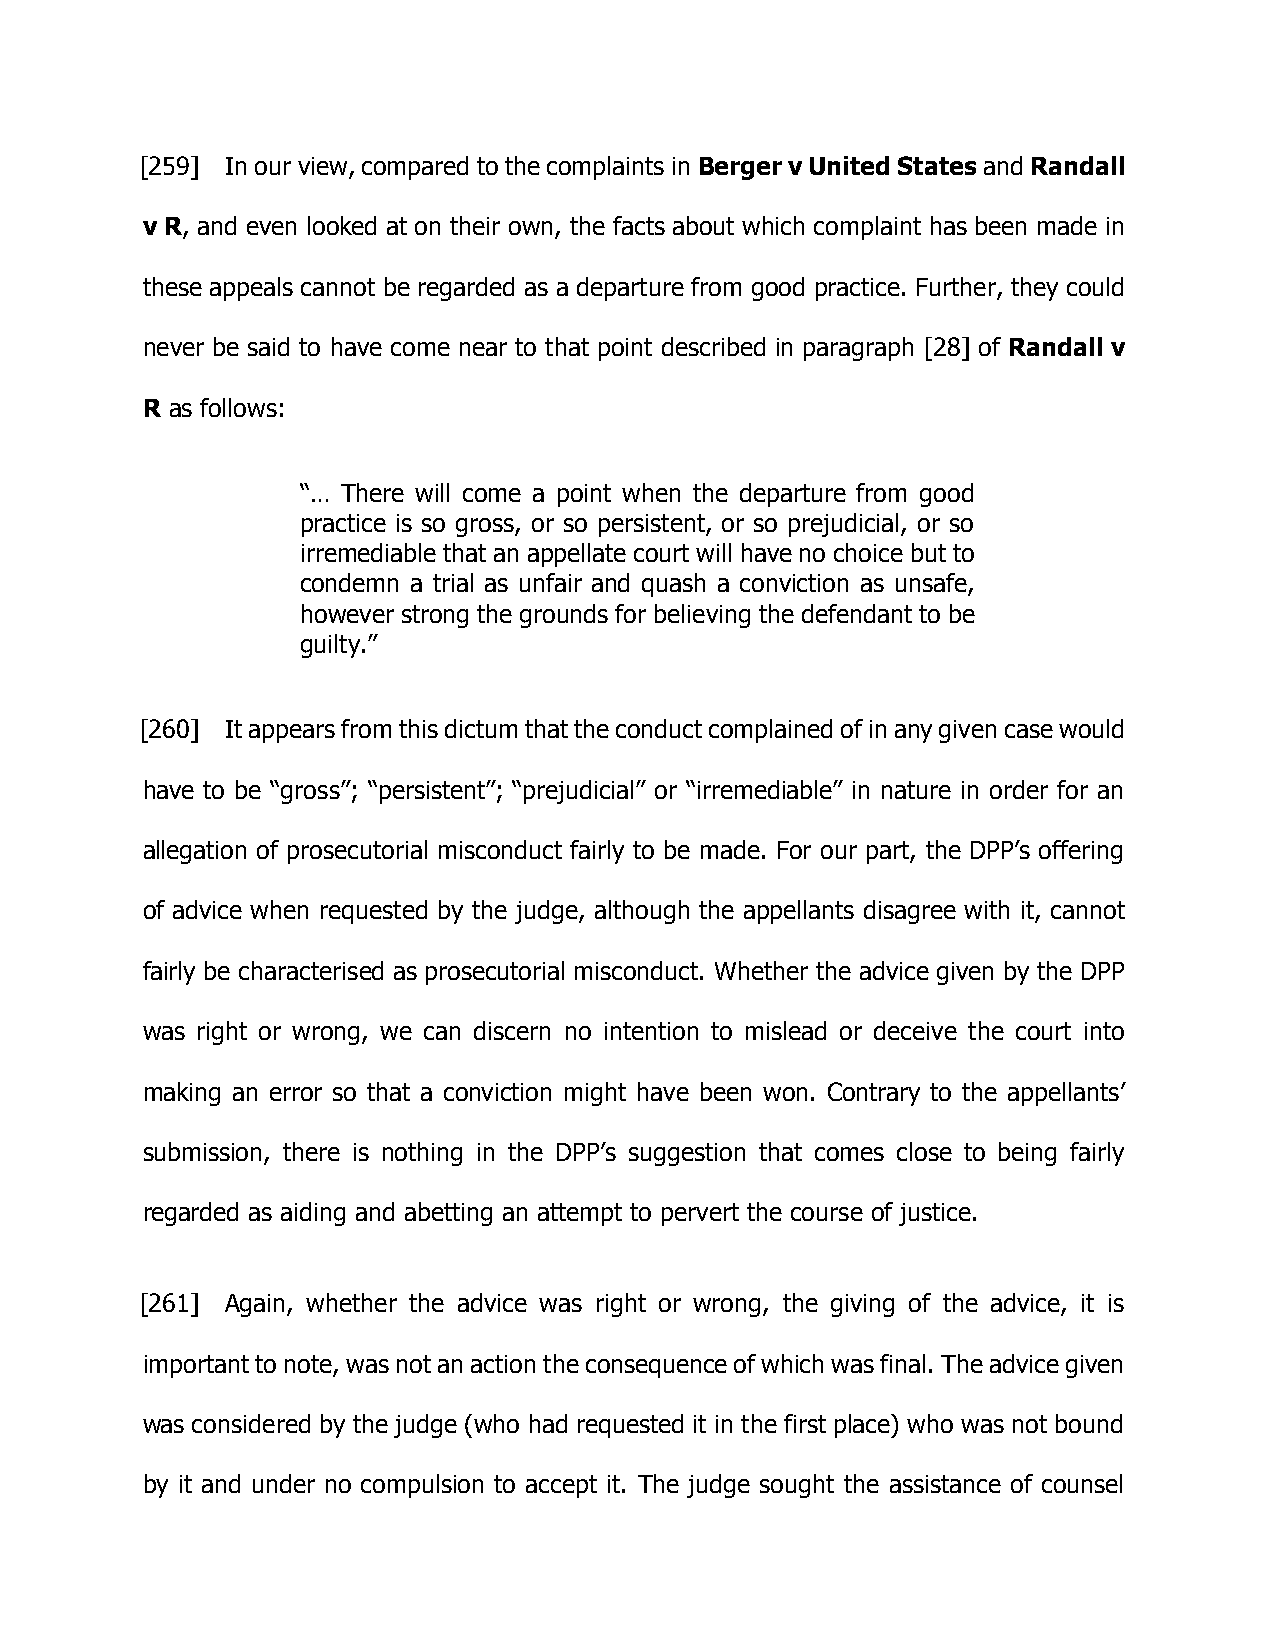
[259] In our view, compared to the complaints in Berger v United States and Randall
 v R, and even looked at on their own, the facts about which complaint has been made in
 these appeals cannot be regarded as a departure from good practice. Further, they could
 never be said to have come near to that point described in paragraph [28] of Randall v
 R as follows:
 “… There will come a point when the departure from good
 practice is so gross, or so persistent, or so prejudicial, or so
 irremediable that an appellate court will have no choice but to
 condemn a trial as unfair and quash a conviction as unsafe,
 however strong the grounds for believing the defendant to be
 guilty.”
 [260] It appears from this dictum that the conduct complained of in any given case would
 have to be “gross”; “persistent”; “prejudicial” or “irremediable” in nature in order for an
 allegation of prosecutorial misconduct fairly to be made. For our part, the DPP’s offering
 of advice when requested by the judge, although the appellants disagree with it, cannot
 fairly be characterised as prosecutorial misconduct. Whether the advice given by the DPP
 was right or wrong, we can discern no intention to mislead or deceive the court into
 making an error so that a conviction might have been won. Contrary to the appellants’
 submission, there is nothing in the DPP’s suggestion that comes close to being fairly
 regarded as aiding and abetting an attempt to pervert the course of justice.
 [261] Again, whether the advice was right or wrong, the giving of the advice, it is
 important to note, was not an action the consequence of which was final. The advice given
 was considered by the judge (who had requested it in the first place) who was not bound
 by it and under no compulsion to accept it. The judge sought the assistance of counsel